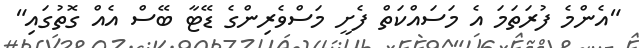
"އެންމެ ފުރަތަމަ އެ މަސައްކަތް ފެށީ މަސްވެރިންގެ ޑޭޓާ ބޭސް އެއް ގޮތުގައި"